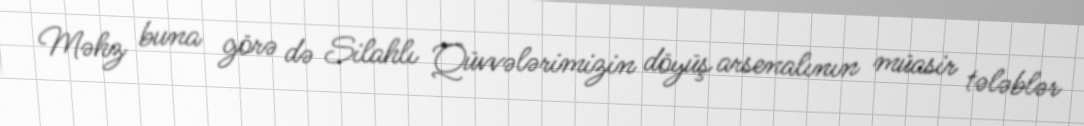
Məhz buna görə də Silahlı Qüvvələrimizin döyüş arsenalının müasir tələblər